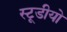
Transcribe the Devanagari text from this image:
स्टूडीयो